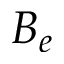
B _ { e }